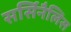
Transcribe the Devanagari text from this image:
सर्सिनैलिस